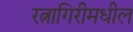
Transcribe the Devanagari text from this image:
रत्नागिरीमधील